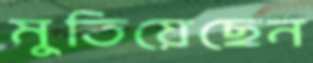
মুতিয়েছেন